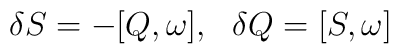
\delta S = -[Q, \omega ],\ \ \delta Q = [S, \omega ] \label x